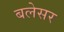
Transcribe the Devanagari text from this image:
बलेसर